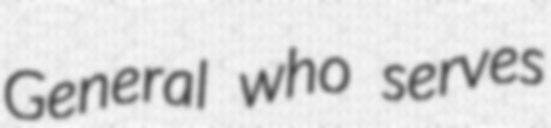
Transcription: General who serves